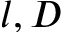
{ l , D }